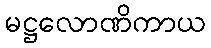
မဋ္ဌလောဏိကာယ